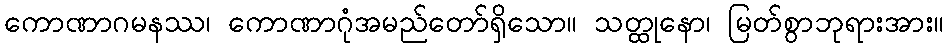
ကောဏာဂမနဿ၊ ကောဏာဂုံအမည်တော်ရှိသော။ သတ္ထုနော၊ မြတ်စွာဘုရားအား။